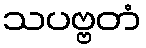
သပဗ္ဗတံ